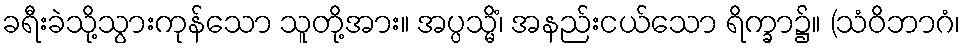
ခရီးခဲသို့သွားကုန်သော သူတို့အား။ အပ္ပသ္မိံ၊ အနည်းငယ်သော ရိက္ခာ၌။ (သံဝိဘာဂံ၊